画像に写った文字を読んでください
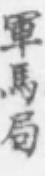
「軍馬局」と書いてあります